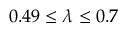
0 . 4 9 \leq \lambda \leq 0 . 7